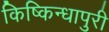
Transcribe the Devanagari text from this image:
किष्किन्धापुरी